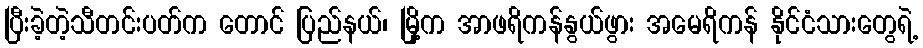
ပြီးခဲ့တဲ့သီတင်းပတ်က တောင် ပြည်နယ်၊ မြို့က အာဖရိကန်နွယ်ဖွား အမေရိကန် နိုင်ငံသားတွေရဲ့